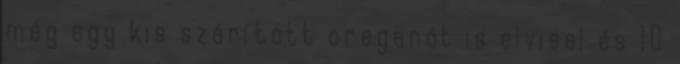
még egy kis szárított oreganót is elvisel és 10